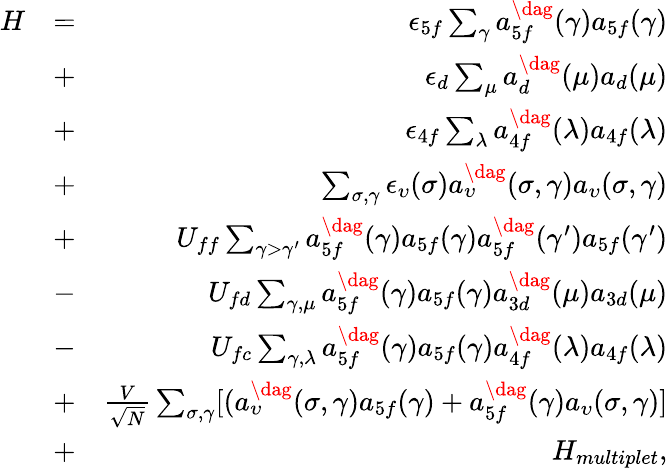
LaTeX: \begin{array}{rlr}{H}&{=}&{\epsilon_{5f}\sum_{\gamma}a_{5f}^{\dag}(\gamma)a_{5f}(\gamma)}\\ &{+}&{\epsilon_{d}\sum_{\mu}a_{d}^{\dag}(\mu)a_{d}(\mu)}\\ &{+}&{\epsilon_{4f}\sum_{\lambda}a_{4f}^{\dag}(\lambda)a_{4f}(\lambda)}\\ &{+}&{\sum_{\sigma,\gamma}\epsilon_{\upsilon}(\sigma)a_{\upsilon}^{\dag}(\sigma,\gamma)a_{\upsilon}(\sigma,\gamma)}\\ &{+}&{U_{ff}\sum_{\gamma>\gamma^{\prime}}a_{5f}^{\dag}(\gamma)a_{5f}(\gamma)a_{5f}^{\dag}(\gamma^{\prime})a_{5f}(\gamma^{\prime})}\\ &{-}&{U_{fd}\sum_{\gamma,\mu}a_{5f}^{\dag}(\gamma)a_{5f}(\gamma)a_{3d}^{\dag}(\mu)a_{3d}(\mu)}\\ &{-}&{U_{fc}\sum_{\gamma,\lambda}a_{5f}^{\dag}(\gamma)a_{5f}(\gamma)a_{4f}^{\dag}(\lambda)a_{4f}(\lambda)}\\ &{+}&{\frac{V}{\sqrt{N}}\sum_{\sigma,\gamma}[(a_{\upsilon}^{\dag}(\sigma,\gamma)a_{5f}(\gamma)+a_{5f}^{\dag}(\gamma)a_{\upsilon}(\sigma,\gamma)]}\\ &{+}&{H_{multiplet},}\end{array}